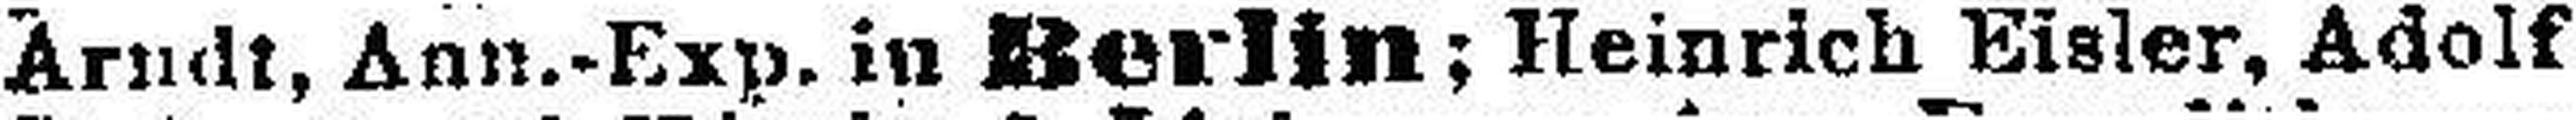
Arndt, Ann.-Exp. in Berlin; Heinrich Eisler, Adolf